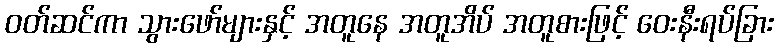
ဝတ်ဆင်ကာ သွားဖော်များနှင့် အတူနေ အတူအိပ် အတူစားဖြင့် ဝေးနီးရပ်ခြား